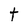
Character: t